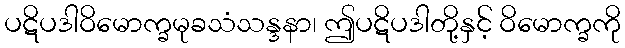
ပဋိပဒါဝိမောက္ခမုခသံသန္ဒနာ၊ ဤပဋိပဒါတို့နှင့် ဝိမောက္ခကို